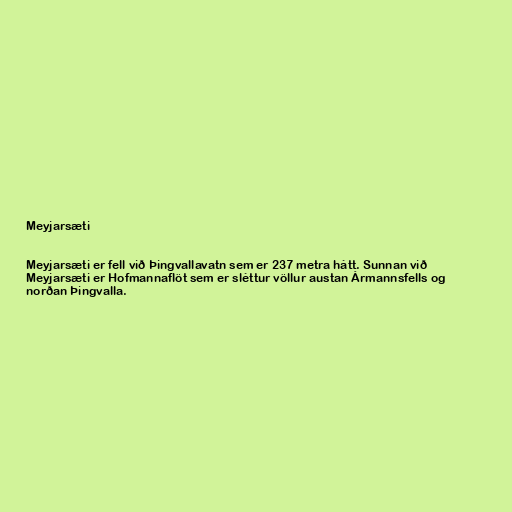
Meyjarsæti

Meyjarsæti er fell við Þingvallavatn sem er 237 metra hátt. Sunnan við
Meyjarsæti er Hofmannaflöt sem er sléttur völlur austan Ármannsfells og
norðan Þingvalla.